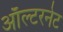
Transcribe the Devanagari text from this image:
ऑल्टरनेट